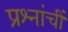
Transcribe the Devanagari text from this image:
प्रश्नांचीं